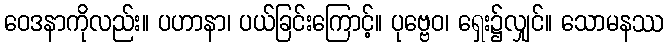
ဝေဒနာကိုလည်း။ ပဟာနာ၊ ပယ်ခြင်းကြောင့်။ ပုဗ္ဗေဝ၊ ရှေး၌လျှင်။ သောမနဿ